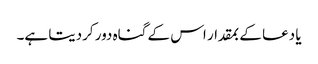
یا دعا کے بمقدار اس کے گناہ دور کردیتا ہے۔